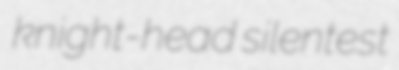
knight-head silentest